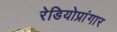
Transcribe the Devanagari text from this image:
रेडियोप्रांगार